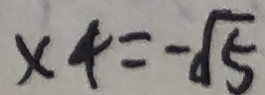
x _ { 4 } = - \sqrt { 5 }